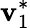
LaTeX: \mathbf{v}_{1}^{*}